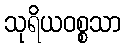
သုရိယဝစ္စသာ